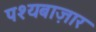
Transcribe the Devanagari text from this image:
पश्यबाज़ार